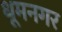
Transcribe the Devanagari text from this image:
धूमनगर